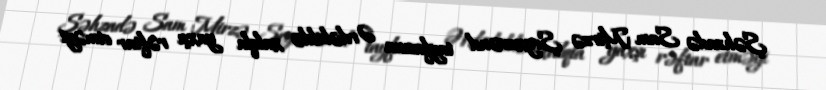
Şəhzadə Sam Mirzə Şeyxavənd tayfasına Ərdəbildə xalqla yaxşı rəftar etməyi